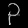
Digit: ၃